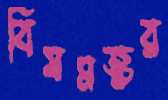
বিষমজ্বর